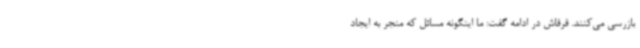
بازرسی می‌کنند. قرقاش در ادامه گفت: ما اینگونه مسائل که منجر به ایجاد